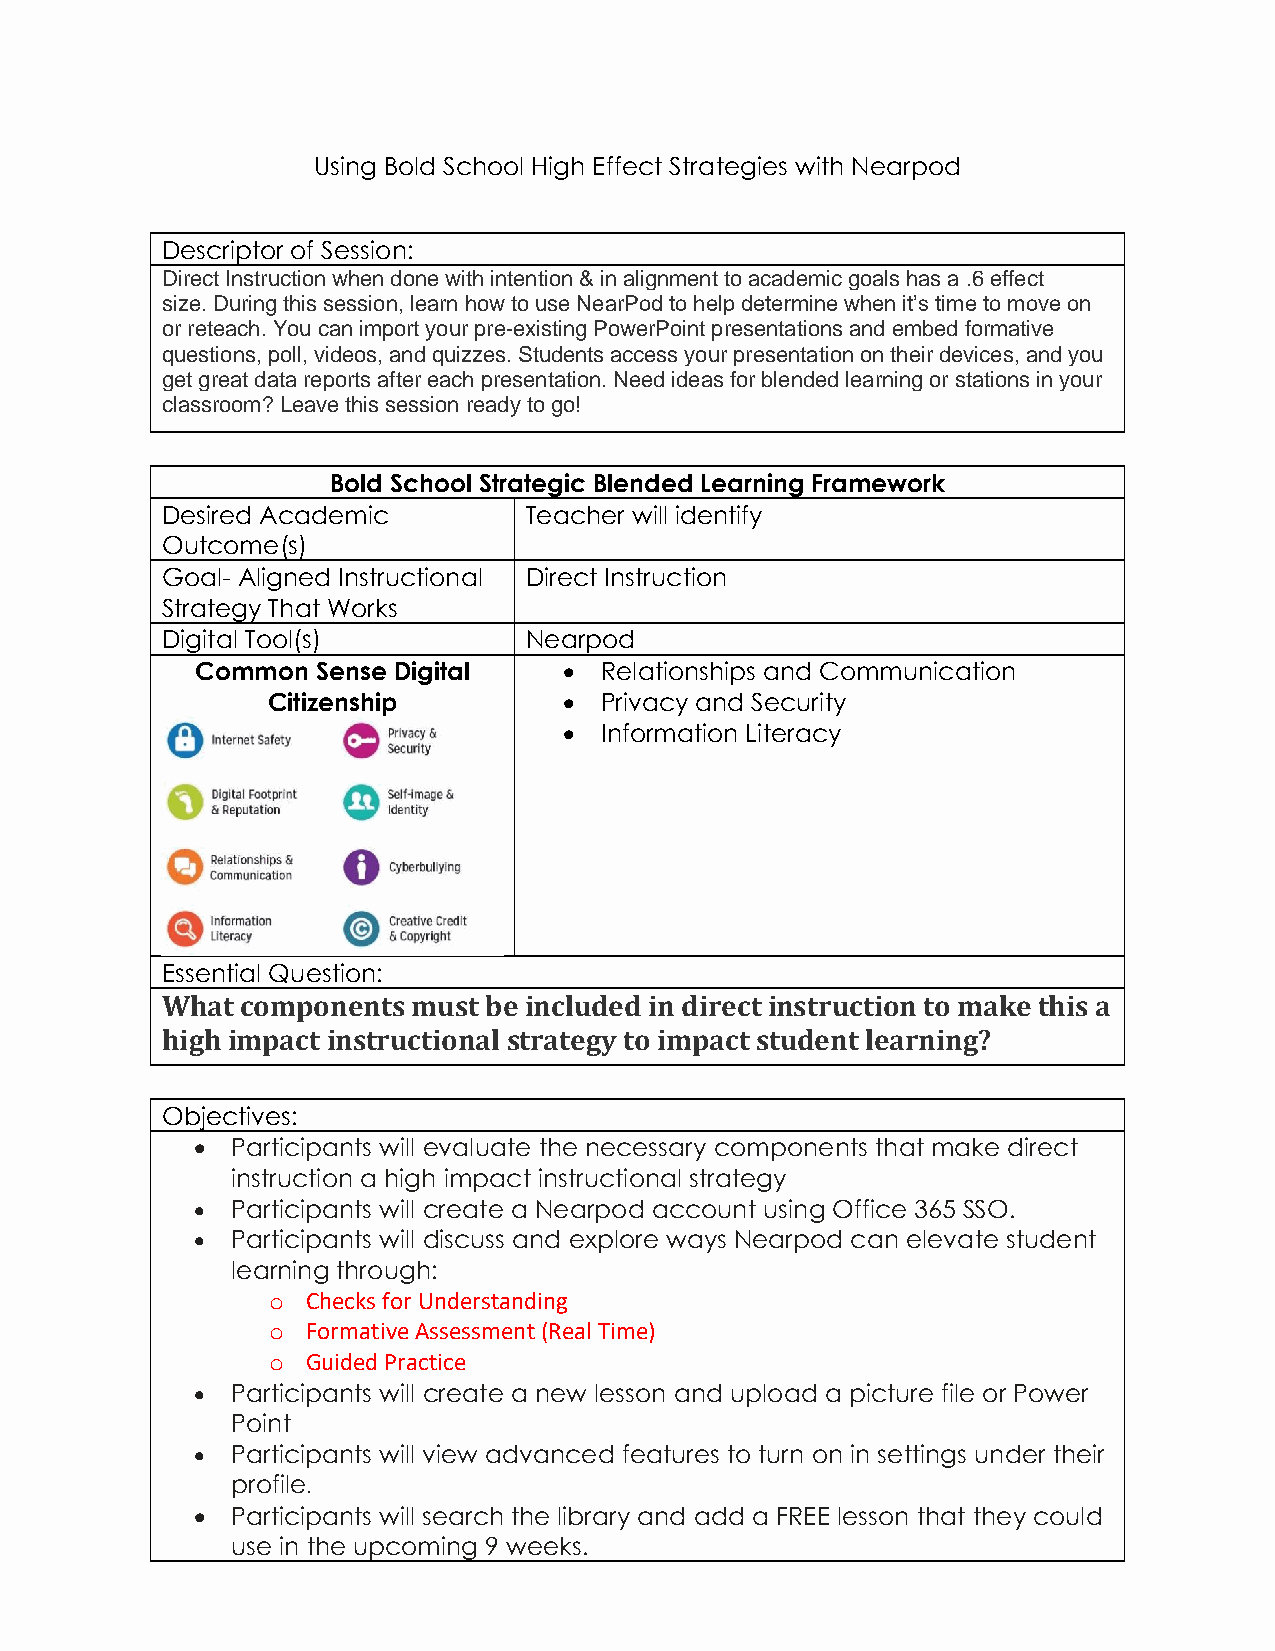
Using Bold School High Effect Strategies with Nearpod
 Descriptor of Session:
 Direct Instruction when done with intention & in alignment to academic goals has a .6 effect
 size. During this session, learn how to use NearPod to help determine when it’s time to move on
 or reteach. You can import your pre-existing PowerPoint presentations and embed formative
 questions, poll, videos, and quizzes. Students access your presentation on their devices, and you
 get great data reports after each presentation. Need ideas for blended learning or stations in your
 classroom? Leave this session ready to go!
 Bold School Strategic Blended Learning Framework
 Desired Academic        Teacher will identify
 Outcome(s)
 Goal- Aligned Instructional Direct Instruction
 Strategy That Works
 Digital Tool(s)         Nearpod
 Common  Sense Digital   •  Relationships and Communication
 Citizenship        •  Privacy and Security
 •  Information Literacy
 Essential Question:
 What components must be included in direct instruction to make this a
 high impact instructional strategy to impact student learning?
 Objectives:
 • Participants will evaluate the necessary components that make direct
 instruction a high impact instructional strategy
 • Participants will create a Nearpod account using Office 365 SSO.
 • Participants will discuss and explore ways Nearpod can elevate student
 learning through:
 o Checks for Understanding
 o Formative Assessment (Real Time)
 o Guided Practice
 • Participants will create a new lesson and upload a picture file or Power
 Point
 • Participants will view advanced features to turn on in settings under their
 profile.
 • Participants will search the library and add a FREE lesson that they could
 use in the upcoming 9 weeks.